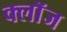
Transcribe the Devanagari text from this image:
क्लाॅज